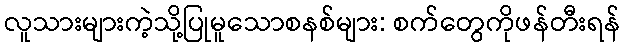
လူသားများကဲ့သို့ပြုမူသောစနစ်များ: စက်တွေကိုဖန်တီးရန်